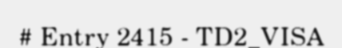
# Entry 2415 - TD2_VISA